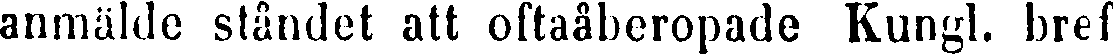
anmälde ståndet att oftaåberopade Kungl. bref